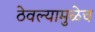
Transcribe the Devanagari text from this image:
ठेवल्यामुळेच